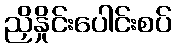
ညှိနှိုင်းပေါင်းစပ်